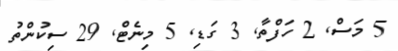
5 މަސް